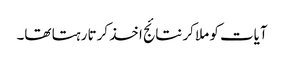
آیات کو ملا کر نتائج اخذ کرتا رہتا تھا۔